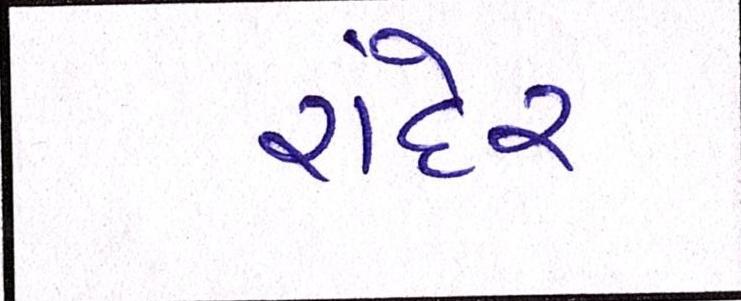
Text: રાંદેર